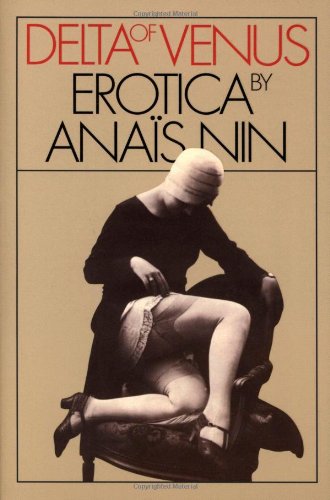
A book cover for Delta of Venus; Anais Nin; Romance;